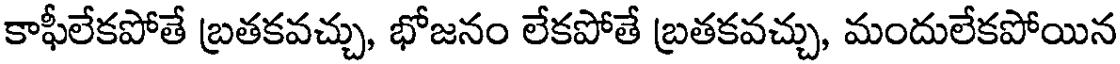
కాఫీలేకపోతే బ్రతకవచ్చు, భోజనం లేకపోతే బ్రతకవచ్చు, మందులేకపోయిన